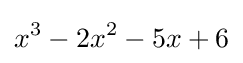
x^{3}-2x^{2}-5x+6